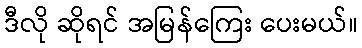
ဒီလို ဆိုရင် အမြန်ကြေး ပေးမယ်။